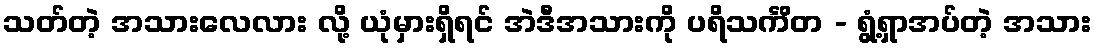
သတ်တဲ့ အသားလေလား လို့ ယုံမှားရှိရင် အဲဒီအသားကို ပရိသင်္ကိတ - ရွံ့ရှာအပ်တဲ့ အသား